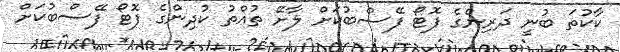
ކާކުތަ ބުނީ ދަރިންގެ ފޮޓޯ ފޭސްބުކަށް ލާށޭ ތުއްތު ކުދިންގެ ފޮޓޯ ފޭސްބުކަށް